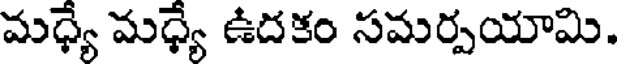
మధ్యే మధ్యే ఉదకం సమర్పయామి.